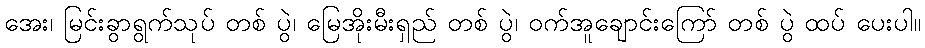
အေး၊ မြင်းခွာရွက်သုပ် တစ် ပွဲ၊ မြေအိုးမီးရှည် တစ် ပွဲ၊ ဝက်အူချောင်းကြော် တစ် ပွဲ ထပ် ပေးပါ။